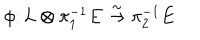
\phi \colon L \otimes \pi _ { 1 } ^ { - 1 } E \stackrel { \sim } { \to } \pi _ { 2 } ^ { - 1 } E